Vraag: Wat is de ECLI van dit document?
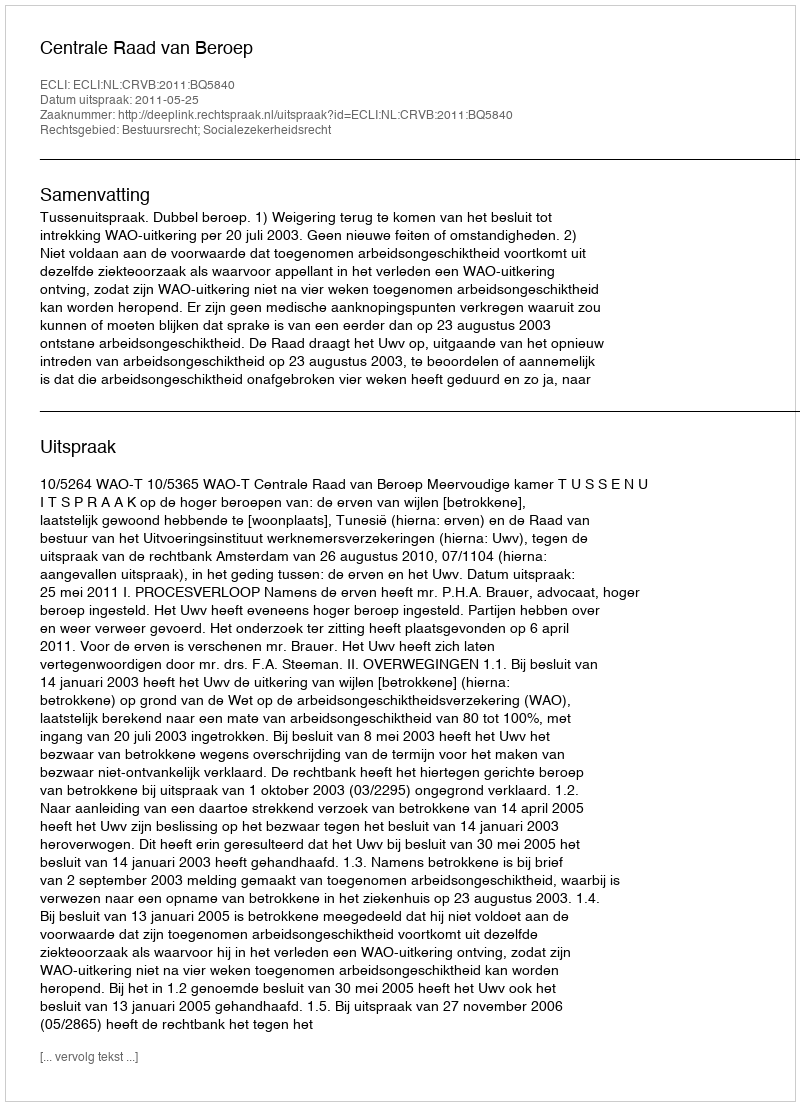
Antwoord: ECLI:NL:CRVB:2011:BQ5840